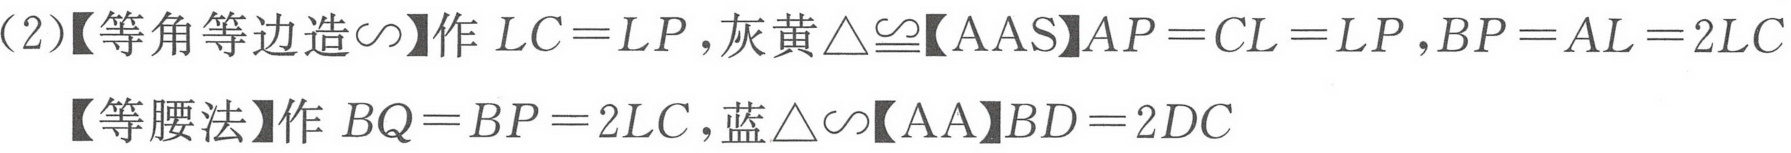
(2)【等角等边造\(\sim\)】作 \(LC = LP\)，灰黄\(\triangle\cong\)【AAS】\(AP = CL = LP\)，\(BP = AL = 2LC\)
【等腰法】作 \(BQ = BP = 2LC\)，蓝\(\triangle\sim\)【AA】\(BD = 2DC\)